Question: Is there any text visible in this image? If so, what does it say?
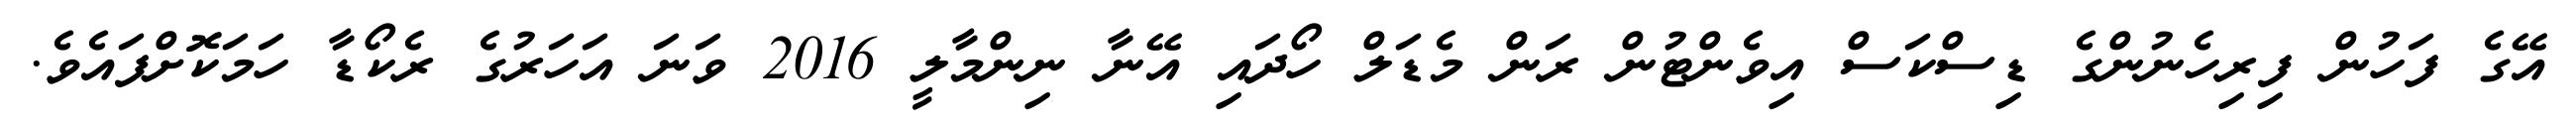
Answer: އޭގެ ފަހުން ފިރިހެނުންގެ ޑިސްކަސް އިވެންޓުން ރަން މެޑަލް ހޯދައި އޭނާ ނިންމާލީ 2016 ވަނަ އަހަރުގެ ރެކޯޑާ ހަމަކޮށްފައެވެ.